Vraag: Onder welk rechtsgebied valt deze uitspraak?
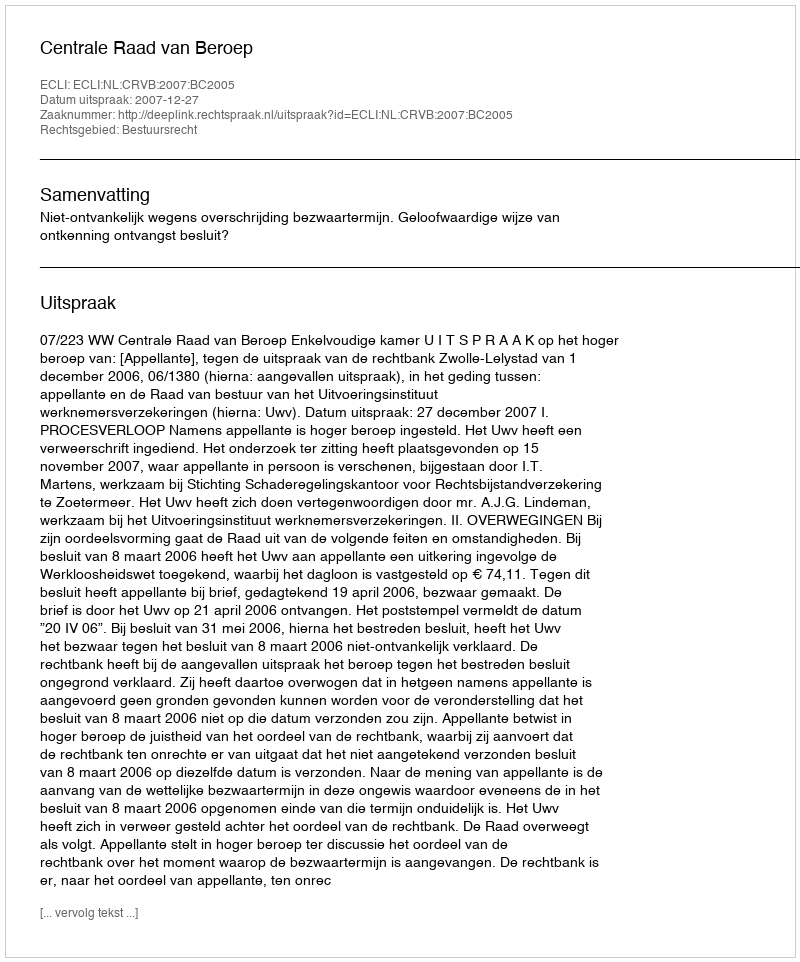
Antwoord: Bestuursrecht